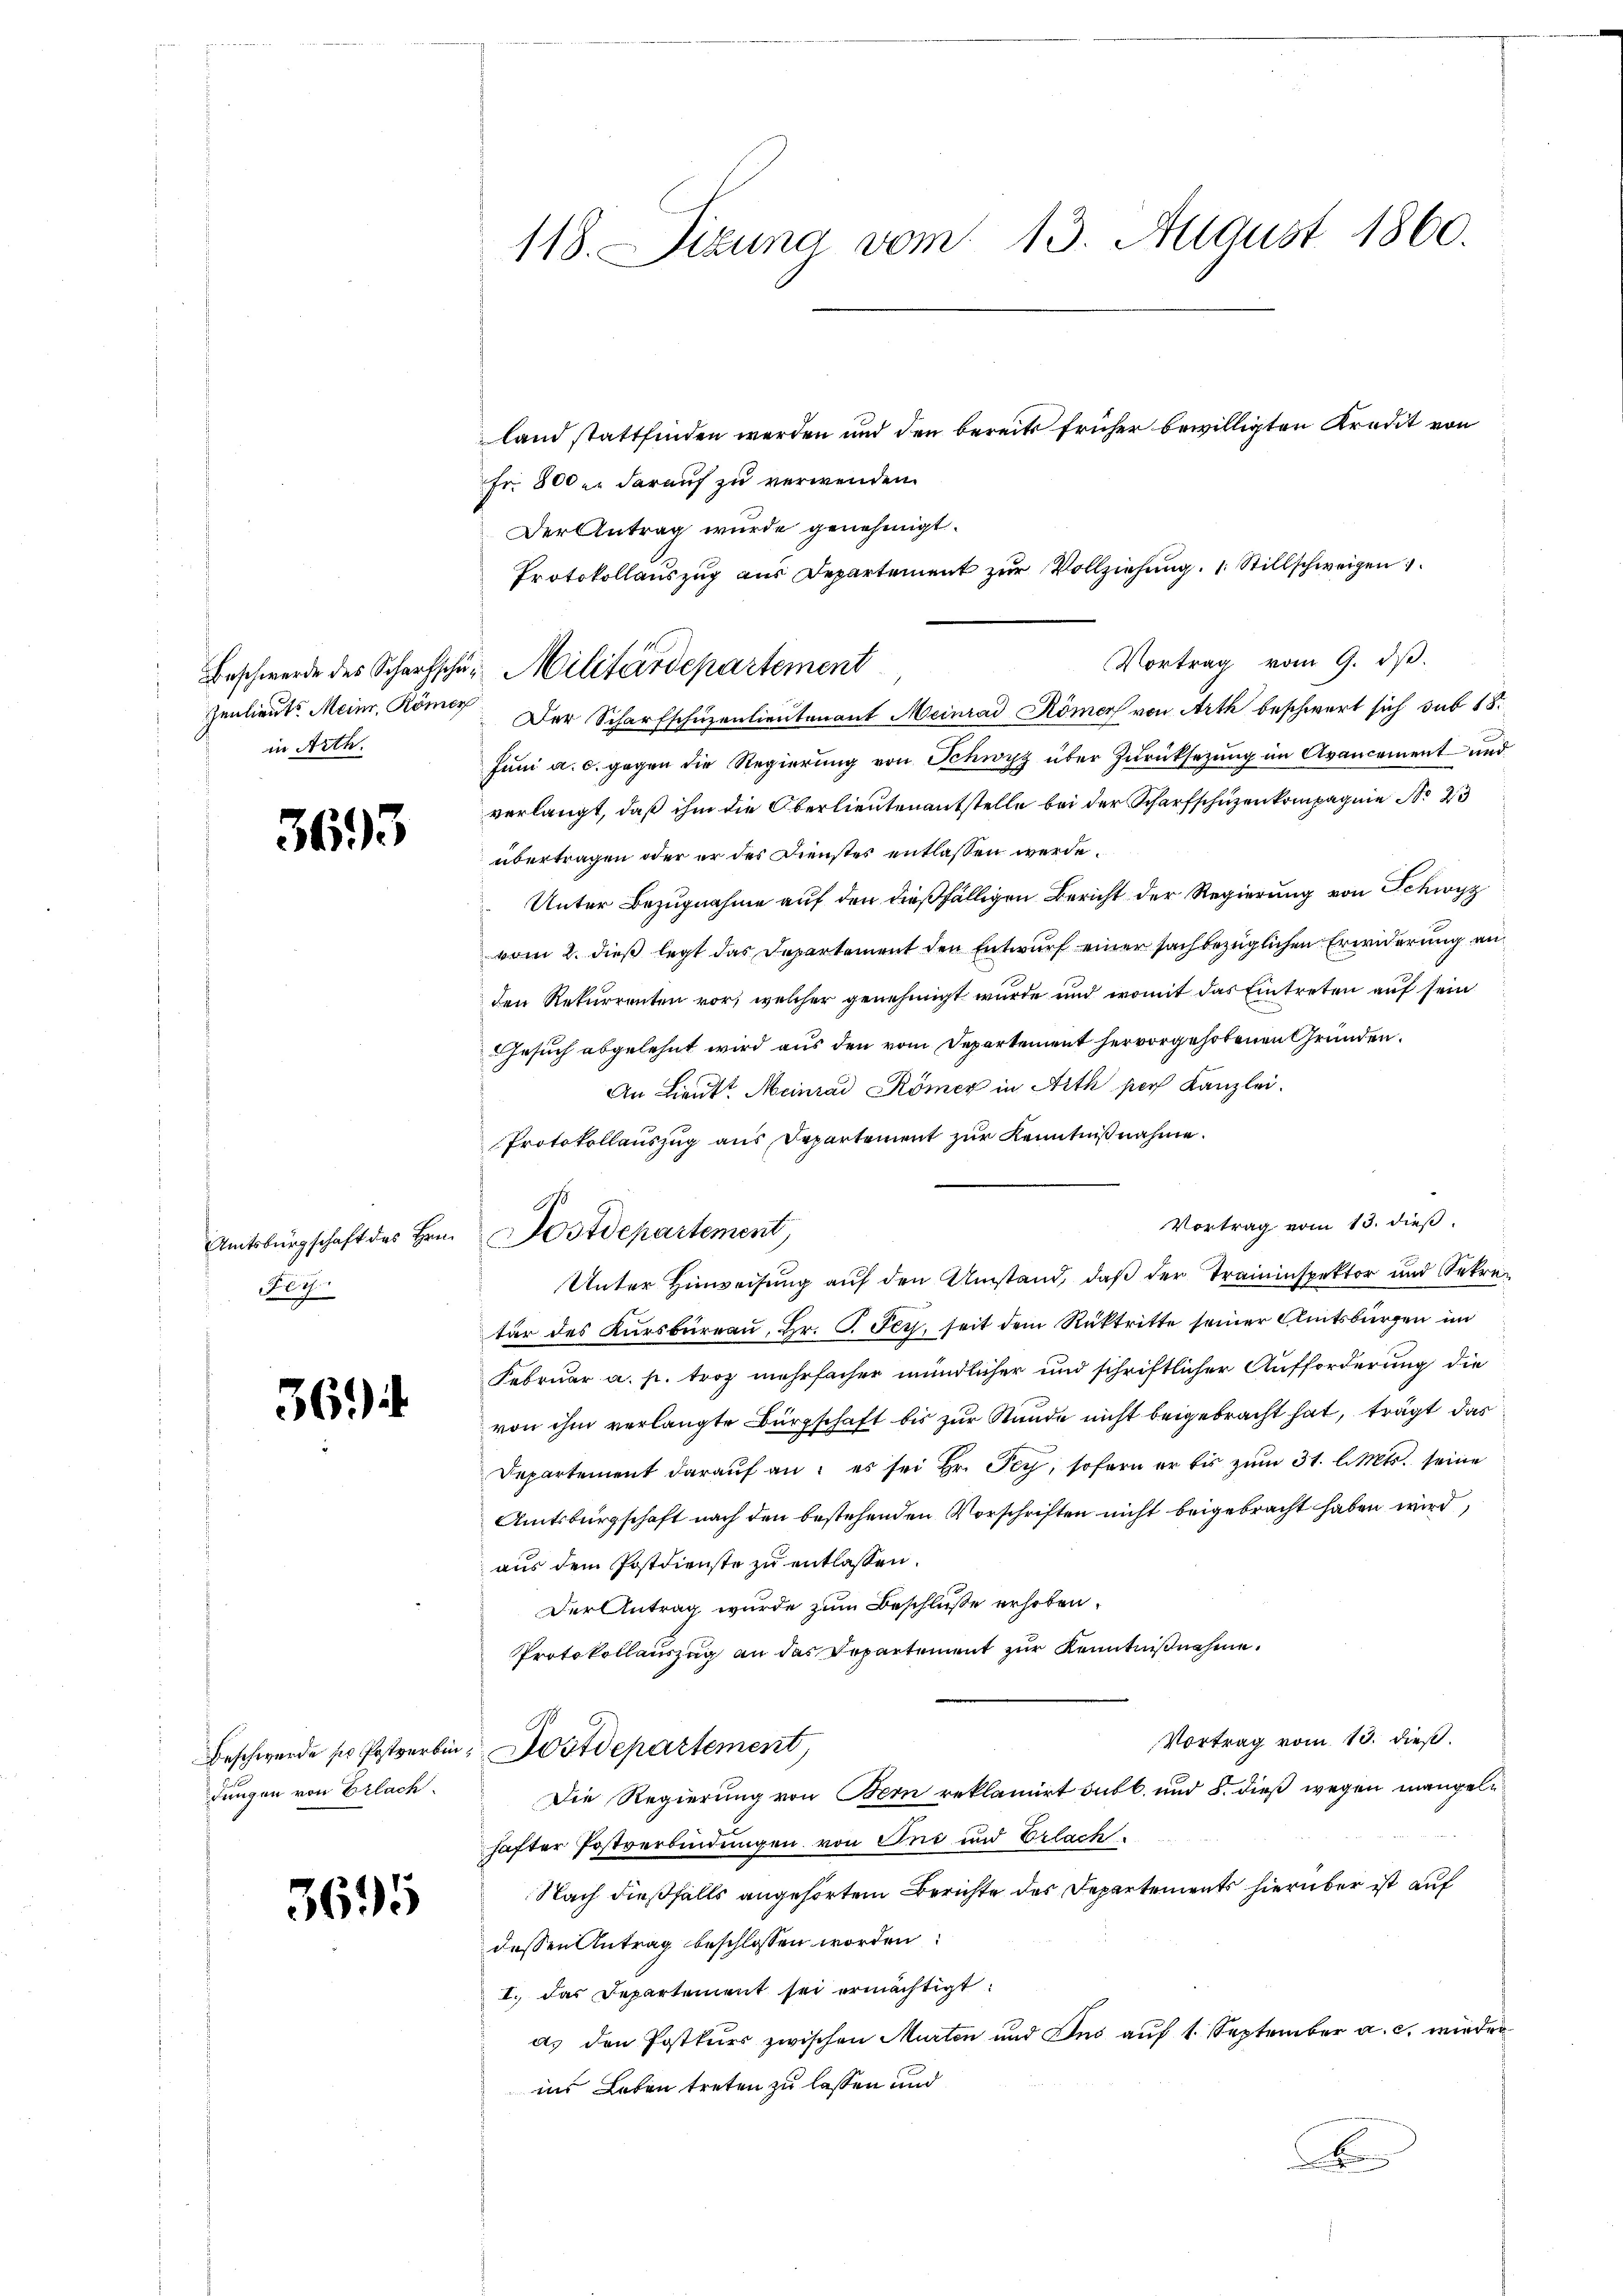
Beschwerde des Scharfschü¬
Zenlieute Meinr. Römer
in Arth.

3693

Amtsbürgschaft des Hrn.
Fey

36

Beschwerde ser Postverbe
dungen von Erlach.

3695

118. Sitzung vom 13. August 1860.

land stattfinden werden und den bereits früher bewilligten Kredit von
Fr. 800 u. darauf zu verwenden.
Der Scharfschuzenlieutenant Meinrad Römer von Arth beschwert sich sub 18.
Jŭni a. c. gegen die Regierŭng von Schwyz über Zŭrücksetzŭng im Avancement und
verlangt, daß ihm die Oberlieutenantstelle bei der Scharfschüzenkompagnie No 23
übertragen oder er des Dienstes entlassen werde.
Unter Bezugnahme auf den dießfälligen Bericht der Regierung von Schwyz
vom 2. dieß legt das Departement den Entwurf einer sachbezüglichen Erwiderung an
den Rekurrenten vor, welcher genehmigt wurde und womit das Eintreten auf sein
Gesuch abgelehnt wird aus den vom Departement hervorgehobenen Gründen.
An Lieut. Meinrad Römer in Arth sich Kanzlei.
Protokollauszug aus Departement zur Kenntnißnahme.
Unter Hinweisung auf den Umstand, daß der Traininspektor und Sekretur des Kursbureau, Hr. J. Fey, seit dem Rücktritte seiner Clintsbürgen im
Februar a. p. troz mehrfacher mündlicher und schriftlicher Aufforderung die
von ihm verlangte Bürgschaft bis zur Stunde nicht beigebracht hat, trägt das
Departement darauf an: es sei Hr. Pey, sofern er bis zum 31. l. Mts. seine
Amtsbürgschaft nach den bestehenden Vorschriften nicht beigebracht haben wird,
aus dem Postdienste zu entlassen.
Der Antrag wurde zum Beschluße erhoben.
Protokollauszug an das Departement zur Kenntnißnahme.
Vortrag vom 13. dieß.
Dostdepartement,
Die Regierung von Bern reklamirt subl. und 8. dieß wegen mangeln
hafter Postverbindungen von Ins und Erlach.
Nach dießfalls angehörtem Berichte des Departements hierüber ist auf
dessen Antrag beschlossen worden:
I. Das Departement sei ermächtigt.
a. den Postkurs zwischen Murten und Ins auf 1. September a. c. wieder
ins Leben treten zu lassen und

Der Antrag wurde genehmigt.
Protokollauszug aus Departement zur Vollziehung 1 Stillschweigen
Vortrag vom 9. dβ.
Militärdepartement

Postdepartement,

Vortrag vom 13. dieß.

x